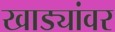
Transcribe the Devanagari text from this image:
खाड्यांवर